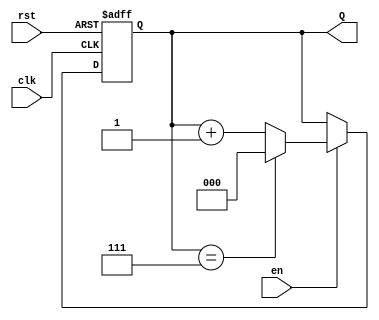
module binary_up_counter (
    input wire clk,        // Clock signal
    input wire rst,        // Asynchronous reset signal
    input wire en,         // Enable signal
    output reg [n-1:0] Q   // n-bit output count value
);

// Parameter to define the width of the counter
parameter n = 3; // You can change this value as needed

// Always block sensitive to the clock and reset signals
always @(posedge clk or posedge rst) begin
    if (rst) begin
        // On reset, set count to 0
        Q <= 0;
    end else if (en) begin
        // Increment the count if enabled
        if (Q == (1 << n) - 1) begin
            // Wrap around to 0 if maximum value is reached
            Q <= 0;
        end else begin
            Q <= Q + 1;
        end
    end
end

endmodule